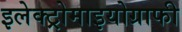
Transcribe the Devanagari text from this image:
इलेक्ट्रोमाइयोग्राफी